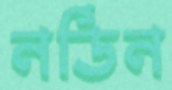
নর্ডিন